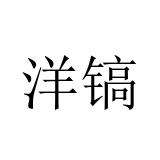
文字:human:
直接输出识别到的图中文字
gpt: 洋镐